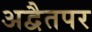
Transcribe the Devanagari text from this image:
अद्वैतपर